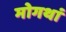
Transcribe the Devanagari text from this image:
मोगथां